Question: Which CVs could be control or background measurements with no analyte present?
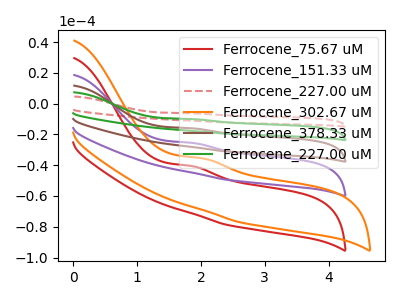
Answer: <think>The red curve "Ferrocene_75.67 uM" has an anodic peak at: (1.85V, -40.50uA). The purple curve "Ferrocene_151.33 uM" has an anodic peak at: (1.85V, -25.45uA). The red dashed curve "Ferrocene_227.00 uM" has an anodic peak at: (1.85V, -101.85uA). The orange curve "Ferrocene_302.67 uM" has an anodic peak at: (2.00V, -35.50uA). The brown curve "Ferrocene_378.33 uM" has an anodic peak at: (1.85V, -50.90uA). The green curve "Ferrocene_227.00 uM" has an anodic peak at: (1.85V, -76.40uA).</think>
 <answer>There are not any CV's on this graph that are likely to be blanks.</answer>
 <eval>none</eval>